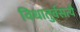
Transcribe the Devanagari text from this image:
विधातुर्वसत्यै